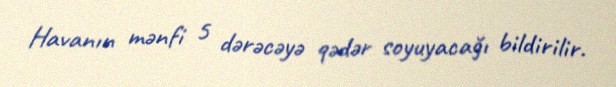
Havanın mənfi 5 dərəcəyə qədər soyuyacağı bildirilir.